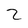
Character: 2